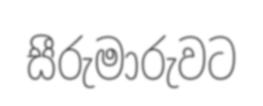
සීරුමාරුවට